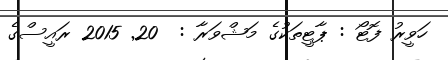
ހަވީރު ފޮޓޯ : ޕާޓީތަކުގެ މަޝްވަރާ :  20